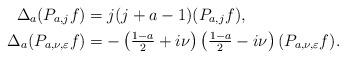
LaTeX: \begin{align*} \Delta_a(P_{a,j}f) &= j(j+a-1)(P_{a,j}f),\\ \Delta_a(P_{a,\nu,\varepsilon}f) &= -\left(\tfrac{1-a}{2}+i\nu\right)\left(\tfrac{1-a}{2}-i\nu\right)(P_{a,\nu,\varepsilon}f).\end{align*}